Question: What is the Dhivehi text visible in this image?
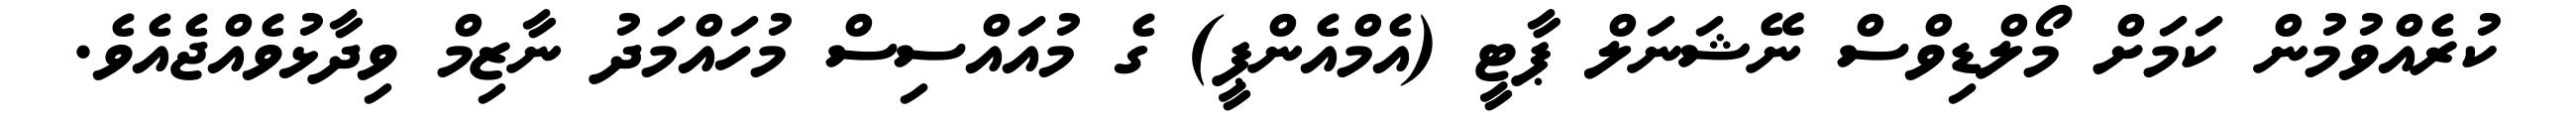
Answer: ކުރެއްވުމުން ކަމަށް މޯލްޑިވްސް ނޭޝަނަލް ޕާޓީ (އެމްއެންޕީ) ގެ މުއައްސިސް މުހައްމަދު ނާޒިމް ވިދާޅުވެއްޖެއެވެ.